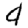
Digit: 4